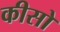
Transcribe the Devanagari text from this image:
कीसो